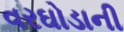
વરઘોડાની